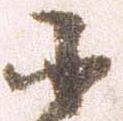
小